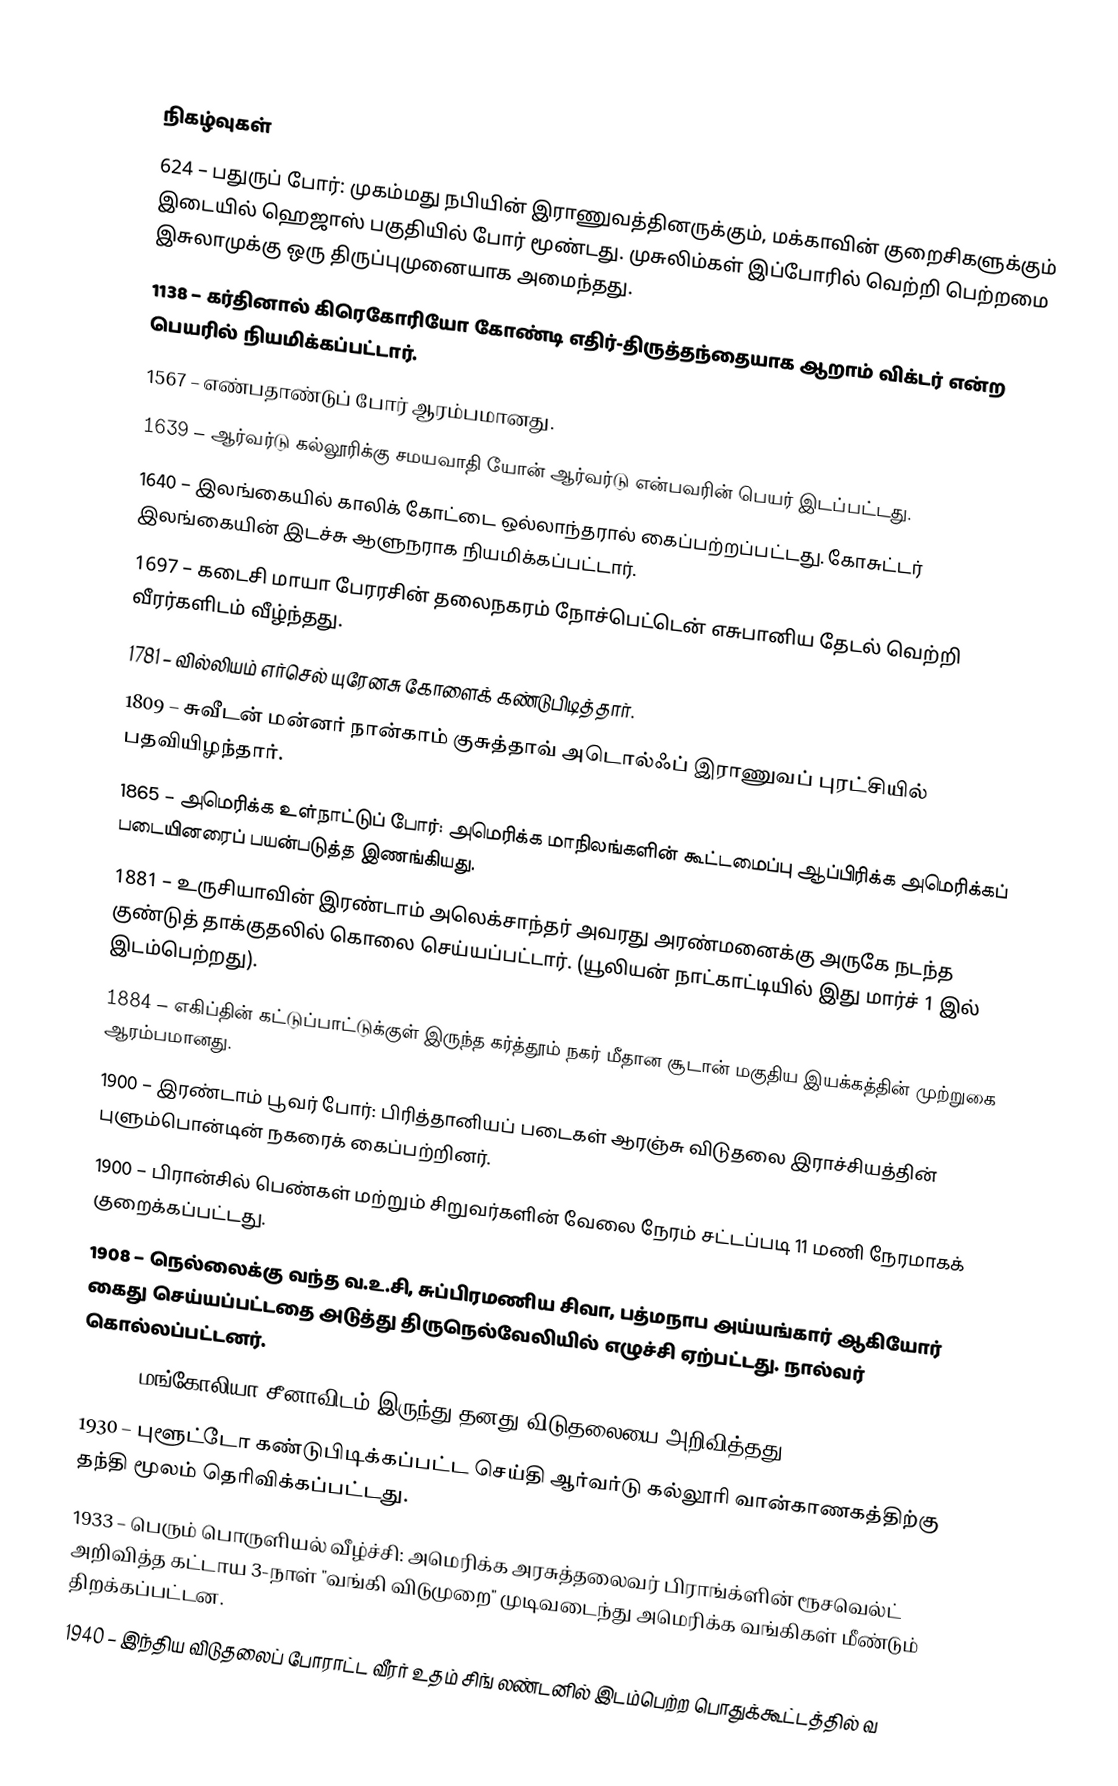

நிகழ்வுகள்
 624 – பதுருப் போர்: முகம்மது நபியின் இராணுவத்தினருக்கும், மக்காவின் குறைசிகளுக்கும் இடையில் ஹெஜாஸ் பகுதியில் போர் மூண்டது. முசுலிம்கள் இப்போரில் வெற்றி பெற்றமை இசுலாமுக்கு ஒரு திருப்புமுனையாக அமைந்தது.
1138 – கர்தினால் கிரெகோரியோ கோண்டி எதிர்-திருத்தந்தையாக ஆறாம் விக்டர் என்ற பெயரில் நியமிக்கப்பட்டார்.
1567 – எண்பதாண்டுப் போர் ஆரம்பமானது.
1639 – ஆர்வர்டு கல்லூரிக்கு சமயவாதி யோன் ஆர்வர்டு என்பவரின் பெயர் இடப்பட்டது.
1640 – இலங்கையில் காலிக் கோட்டை ஒல்லாந்தரால் கைப்பற்றப்பட்டது. கோசுட்டர் இலங்கையின் இடச்சு ஆளுநராக நியமிக்கப்பட்டார்.
1697 – கடைசி மாயா பேரரசின் தலைநகரம் நோச்பெட்டென் எசுபானிய தேடல் வெற்றி வீரர்களிடம் வீழ்ந்தது.
1781 – வில்லியம் எர்செல் யுரேனசு கோளைக் கண்டுபிடித்தார்.
1809 – சுவீடன் மன்னர் நான்காம் குசுத்தாவ் அடொல்ஃப் இராணுவப் புரட்சியில் பதவியிழந்தார்.
1865 – அமெரிக்க உள்நாட்டுப் போர்: அமெரிக்க மாநிலங்களின் கூட்டமைப்பு ஆப்பிரிக்க அமெரிக்கப் படையினரைப் பயன்படுத்த இணங்கியது.
1881 – உருசியாவின் இரண்டாம் அலெக்சாந்தர் அவரது அரண்மனைக்கு அருகே நடந்த குண்டுத் தாக்குதலில் கொலை செய்யப்பட்டார். (யூலியன் நாட்காட்டியில் இது மார்ச் 1 இல் இடம்பெற்றது).
1884 – எகிப்தின் கட்டுப்பாட்டுக்குள் இருந்த கர்த்தூம் நகர் மீதான சூடான் மகுதிய இயக்கத்தின் முற்றுகை ஆரம்பமானது.
1900 – இரண்டாம் பூவர் போர்: பிரித்தானியப் படைகள் ஆரஞ்சு விடுதலை இராச்சியத்தின் புளும்பொன்டின் நகரைக் கைப்பற்றினர்.
1900 – பிரான்சில் பெண்கள் மற்றும் சிறுவர்களின் வேலை நேரம் சட்டப்படி 11 மணி நேரமாகக் குறைக்கப்பட்டது.
1908 – நெல்லைக்கு வந்த வ.உ.சி, சுப்பிரமணிய சிவா, பத்மநாப அய்யங்கார் ஆகியோர் கைது செய்யப்பட்டதை அடுத்து திருநெல்வேலியில் எழுச்சி ஏற்பட்டது. நால்வர் கொல்லப்பட்டனர்.
1921 – மங்கோலியா சீனாவிடம் இருந்து தனது விடுதலையை அறிவித்தது.
1930 – புளூட்டோ கண்டுபிடிக்கப்பட்ட செய்தி ஆர்வர்டு கல்லூரி வான்காணகத்திற்கு தந்தி மூலம் தெரிவிக்கப்பட்டது.
1933 – பெரும் பொருளியல் வீழ்ச்சி: அமெரிக்க அரசுத்தலைவர் பிராங்க்ளின் ரூசவெல்ட் அறிவித்த கட்டாய 3-நாள் "வங்கி விடுமுறை" முடிவடைந்து அமெரிக்க வங்கிகள் மீண்டும் திறக்கப்பட்டன.
1940 – இந்திய விடுதலைப் போராட்ட வீரர் உதம் சிங் லண்டனில் இடம்பெற்ற பொதுக்கூட்டத்தில் வ